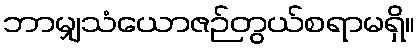
ဘာမျှသံယောဇဉ်တွယ်စရာမရှိ။